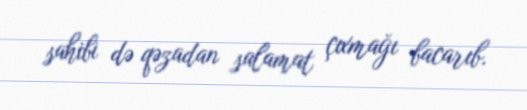
sahibi də qəzadan salamat çıxmağı bacarıb.